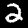
Digit: 2